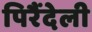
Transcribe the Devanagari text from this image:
पिरैंदेली